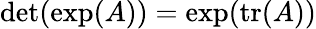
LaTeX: \operatorname*{det}(\exp(A))=\exp(\operatorname{tr}(A))